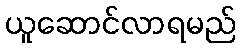
ယူဆောင်လာရမည်